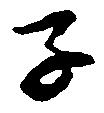
子